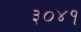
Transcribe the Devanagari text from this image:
३०४१